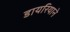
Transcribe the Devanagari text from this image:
डायरियाने